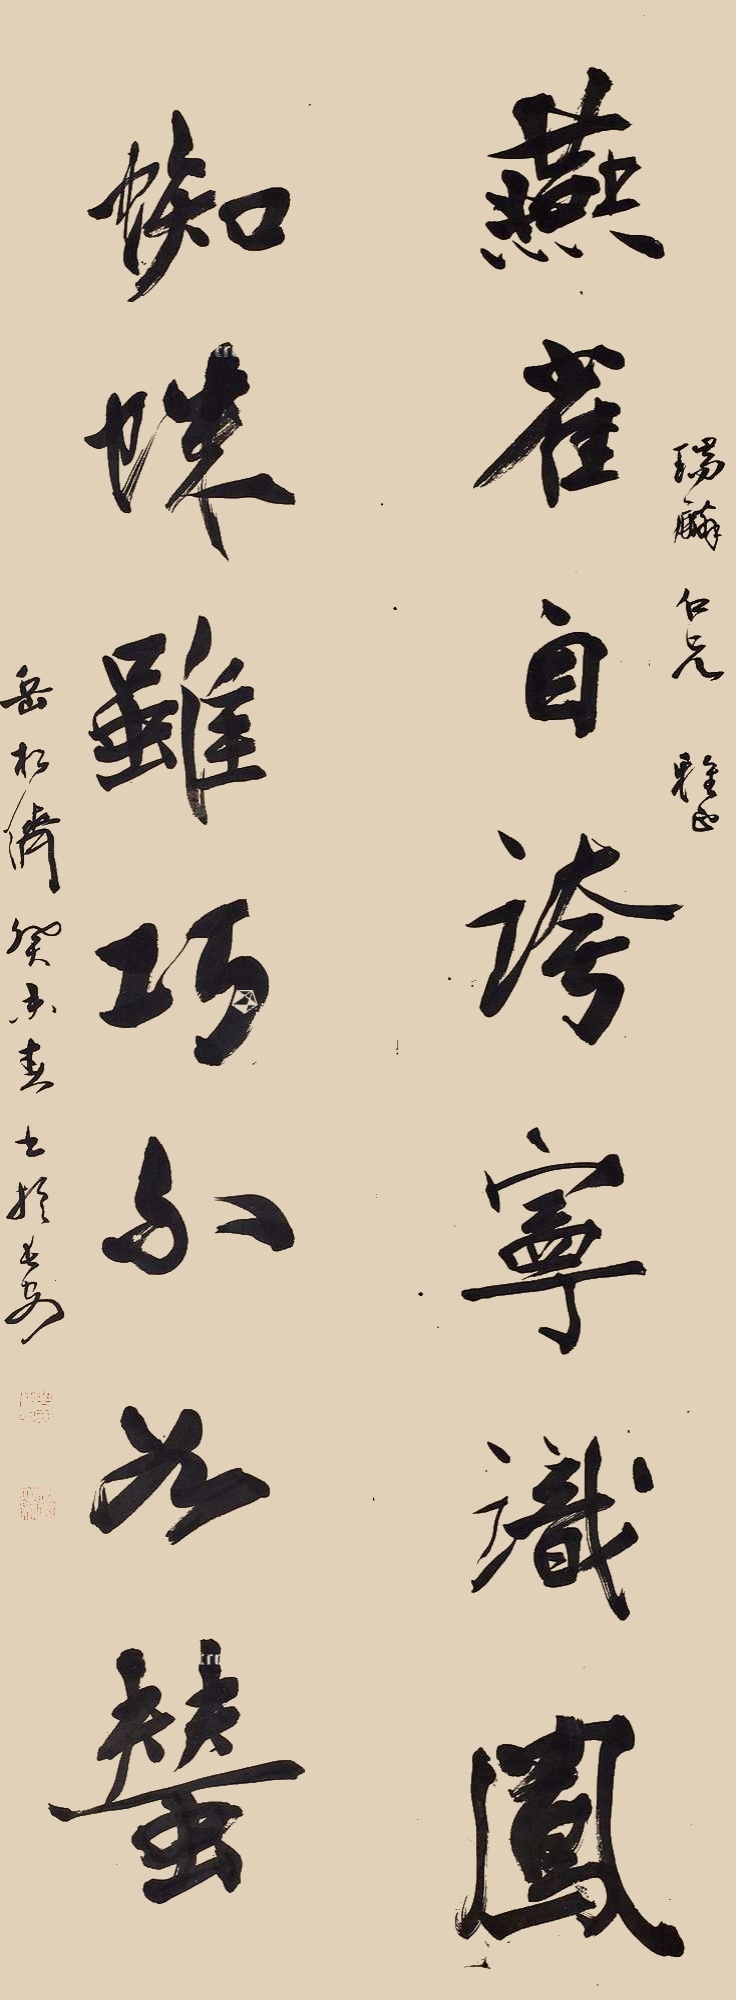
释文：燕雀自夸宁识凤，蜘蛛虽巧不如蚕。瑞麟仁兄雅正，岳松侪。癸未春书于长安。